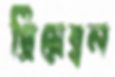
প্রিয়েম্বল